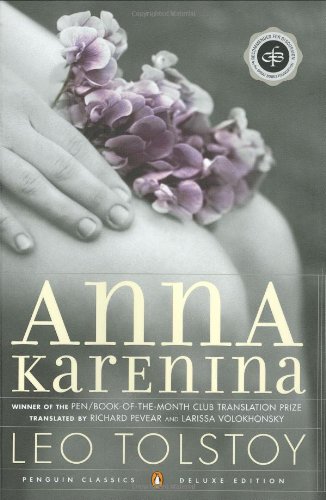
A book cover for Anna Karenina; Leo Tolstoy; Romance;